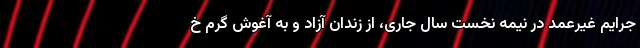
جرایم غیرعمد در نیمه نخست سال جاری، از زندان آزاد و به آغوش گرم خ